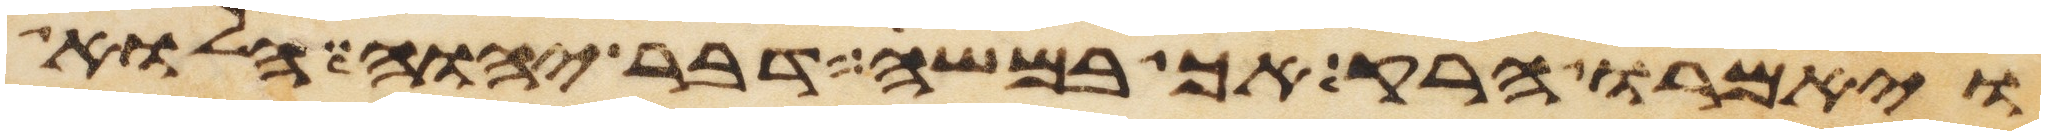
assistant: ויאמרו הרק אך במשה דבר יהוה הלוא